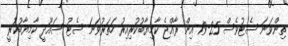
ތިންވަނަ ސެޓުވެސް 25-19 އިން ރާއްޖެ ކާމިޔާބުކުރިއިރު ހަތަރުވަނަ ސެޓު ސައޫދީ ކާމިޔާބުކުރީ